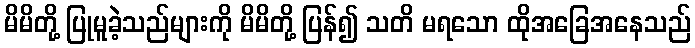
မိမိတို့ ပြုမူခဲ့သည်များကို မိမိတို့ ပြန်၍ သတိ မရသော ထိုအခြေအနေသည်